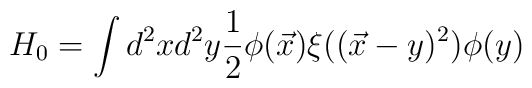
H_0=\int d^2xd^2y \frac{1}{2}\phi(\vec x)\xi((\vec x-y)^2)\phi(y)